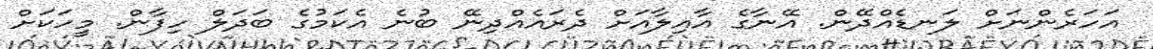
އަހަރެންނަށް ލަނޑެއްދޭން. އޭނާގެ އާއިލާއަށް ދެރައެއްދިނޭ ބުނެ އެކަމުގެ ބަދަލް ހިފާން. މީހަކަށް